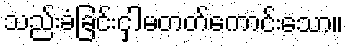
သည်းခံခြင်းငှါမတတ်ကောင်းသော။